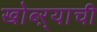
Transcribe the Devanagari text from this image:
खोब्ऱ्याची